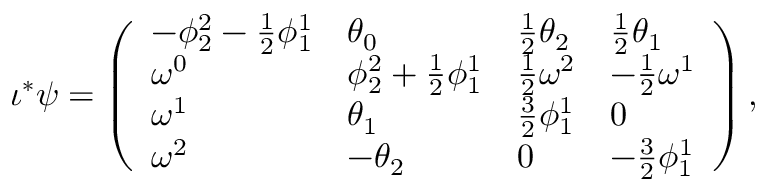
\iota ^ { * } \psi = \left( \begin{array} { l l l l } { - \phi _ { 2 } ^ { 2 } - \textstyle { \frac 1 2 } \phi _ { 1 } ^ { 1 } } & { \theta _ { 0 } } & { \textstyle { \frac 1 2 } \theta _ { 2 } } & { \textstyle { \frac 1 2 } \theta _ { 1 } } \\ { \omega ^ { 0 } } & { \phi _ { 2 } ^ { 2 } + \textstyle { \frac 1 2 } \phi _ { 1 } ^ { 1 } } & { \textstyle { \frac 1 2 } \omega ^ { 2 } } & { - \textstyle { \frac 1 2 } \omega ^ { 1 } } \\ { \omega ^ { 1 } } & { \theta _ { 1 } } & { \frac { 3 } { 2 } \phi _ { 1 } ^ { 1 } } & { 0 } \\ { \omega ^ { 2 } } & { - \theta _ { 2 } } & { 0 } & { - \frac { 3 } { 2 } \phi _ { 1 } ^ { 1 } } \end{array} \right) ,